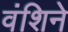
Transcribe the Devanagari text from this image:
वंशिने